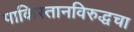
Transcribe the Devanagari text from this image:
पाकिस्तानविरुद्धचा